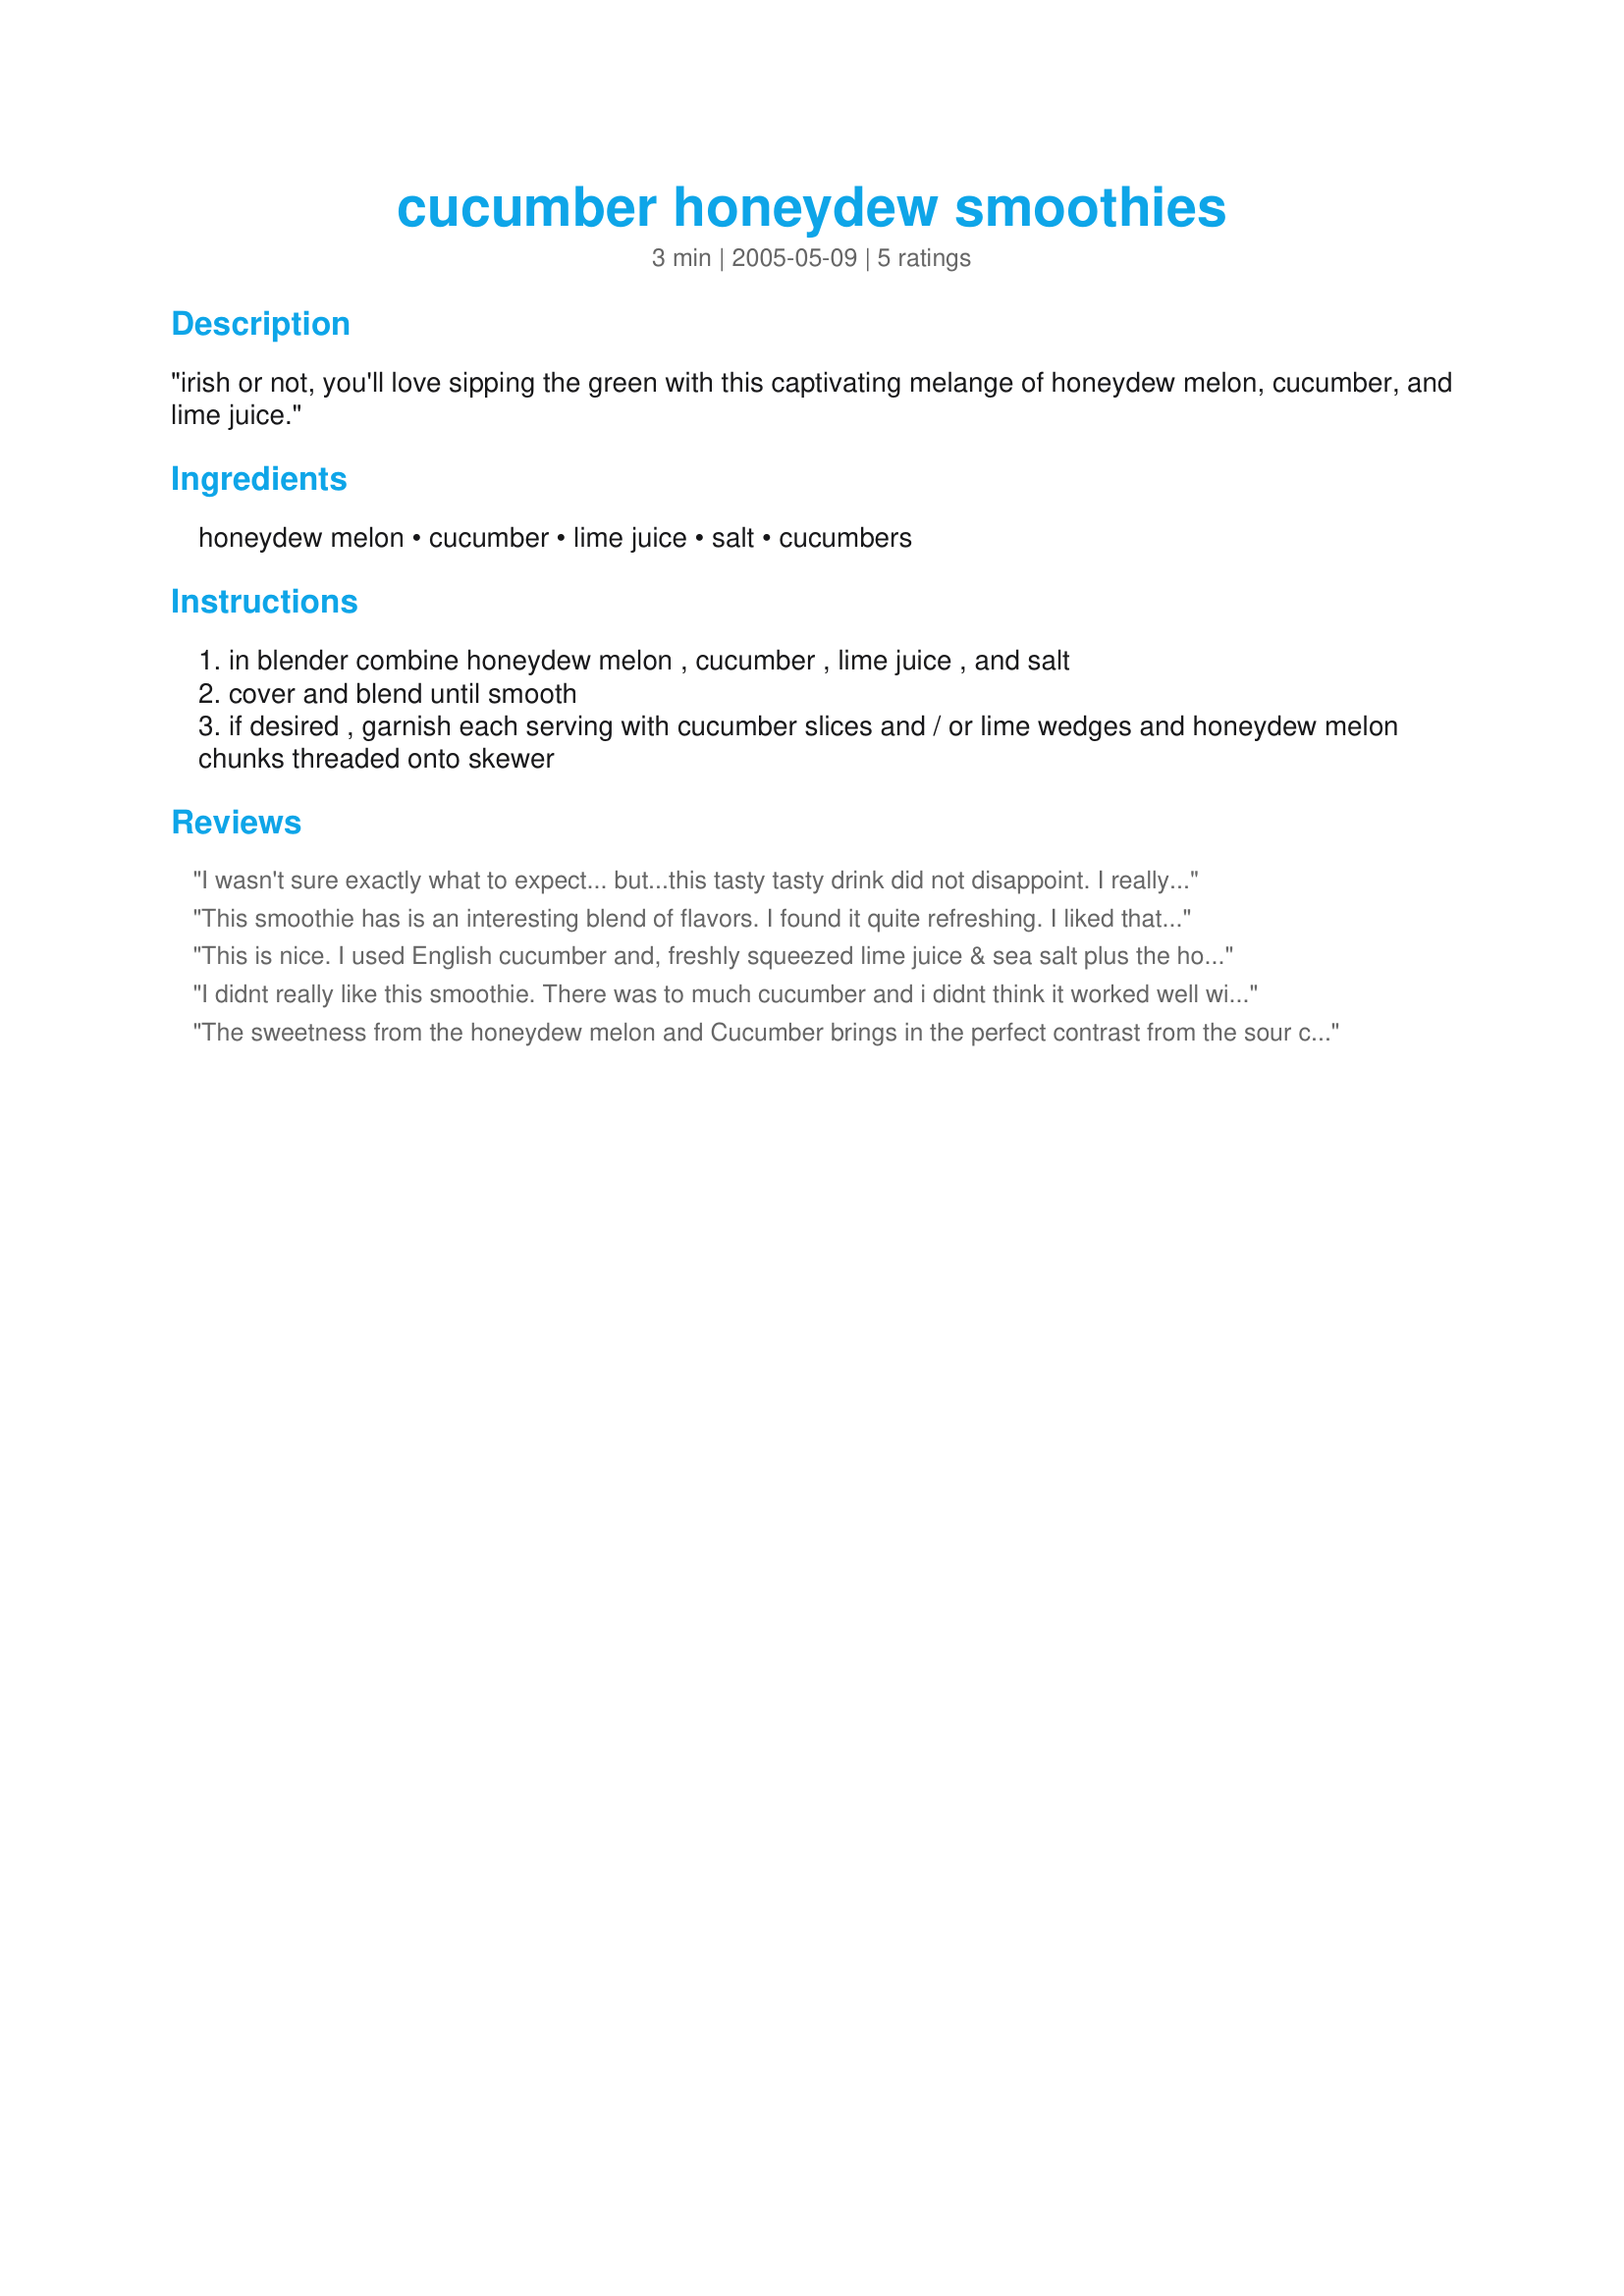
cucumber honeydew smoothies
Preparation time: 3 minutes

"irish or not, you'll love sipping the green with this captivating melange of honeydew melon, cucumber, and lime juice."

Ingredients:
honeydew melon, cucumber, lime juice, salt, cucumbers

Steps:
in blender combine honeydew melon , cucumber , lime juice , and salt
cover and blend until smooth
if desired , garnish each serving with cucumber slices and / or lime wedges and honeydew melon chunks threaded onto skewer

Reviews:
I wasn't sure exactly what to expect... but...this tasty tasty drink did not disappoint. I really enjoyed this smoothie, I loved the texture and the creamy silkness of the drink. The flavor was delicious, raw and very refreshing. It was wonderful, you could taste the lime, melon, cucumber and salt. I pefer raw smoothies and will be making this treasure again and again, thanks so much for sharing. Made for Summer 09 - Comfort Cafe.
This smoothie has is an interesting blend of flavors. I found it quite refreshing. I liked that it didn't contain ice and/or frozen yogurt, etc as some smoothies do. The melon gives a hearty texture. I used a thin-skinned English cucumber and didn't bother to peel. The skin gave colorful flecks to the smoothie.
This is nice. I used English cucumber and, freshly squeezed lime juice & sea salt plus the honeydew of course.
I didnt really like this smoothie. There was to much cucumber and i didnt think it worked well with the melon.
The sweetness from the honeydew melon and Cucumber brings in the perfect contrast from the sour citrus from the lime. Just what I was looking for on a hot summer day.
